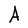
Character: A